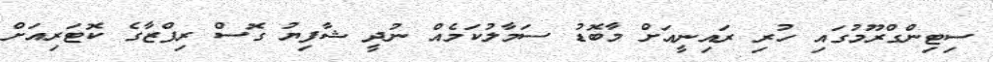
ސިޓިންގްރޫމުގައި ހުރި ރައިނީއަށް މާބޮޑު ސަމާލުކަމެއް ނުދީ ޝާފިޔު ގޮސް ރިފްޒާގެ ކޮޓަރިއަށް